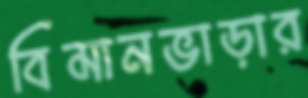
বিমানভাড়ার